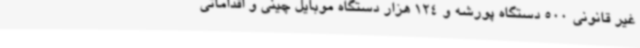
غیر قانونی 500 دستگاه پورشه و 124 هزار دستگاه موبایل چینی و اقداماتی